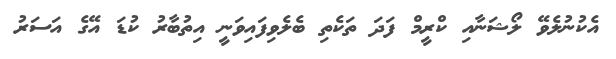
އެކުނުލެވޭ ލޯޝަނާއި ކްރީމް ފަދަ ތަކެތި ބެލެވިފައިވަނީ އިތުބާރު ކުޑަ އޭގެ އަސަރު